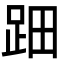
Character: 䟧